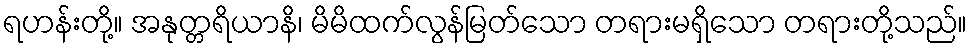
ရဟန်းတို့။ အနုတ္တရိယာနိ၊ မိမိထက်လွန်မြတ်သော တရားမရှိသော တရားတို့သည်။